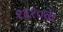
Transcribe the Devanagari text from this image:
१६१०के